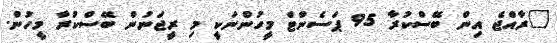
"ރާއްޖެ އިން ބޭސްކުރާ 95 ޕަސެންޓް މީހުންނަކީ މި ރީޖަނުން ބޭސްކުރާ މީހުން.